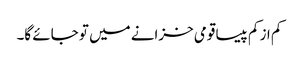
کم از کم پیسا قومی خزانے میں تو جائے گا۔